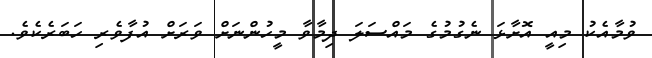
ވުމާއެކު މިއީ އޮށާޅަ ނެގުމުގެ މައްސަލަ ދިމާވާ މީހުންނަށް ވަރަށް އުފާވެރި ހަބަރެކެވެ.